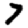
Digit: 7